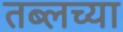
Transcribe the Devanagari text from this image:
तब्लच्या